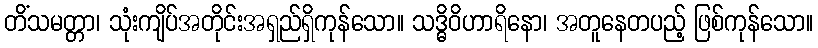
တိံသမတ္တာ၊ သုံးကျိပ်အတိုင်းအရှည်ရှိကုန်သော။ သဒ္ဓိဝိဟာရိနော၊ အတူနေတပည့် ဖြစ်ကုန်သော။